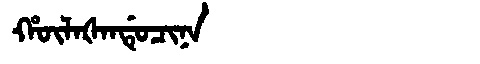
Manchu: ᡥᡡᠯᠠᡧᠠᠨᡩᡠᠴᡳᠨᠠ
Romanization: HŪLAŠANDUCINA